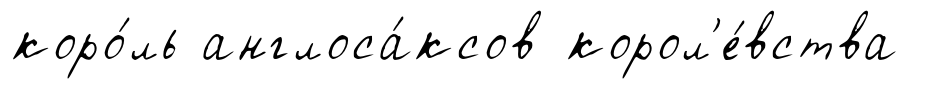
коро́ль англоса́ксов корол'е́вства